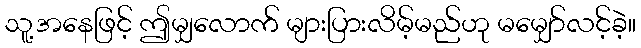
သူ့အနေဖြင့် ဤမျှလောက် များပြားလိမ့်မည်ဟု မမျှော်လင့်ခဲ့။